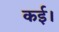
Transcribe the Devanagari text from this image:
कई।